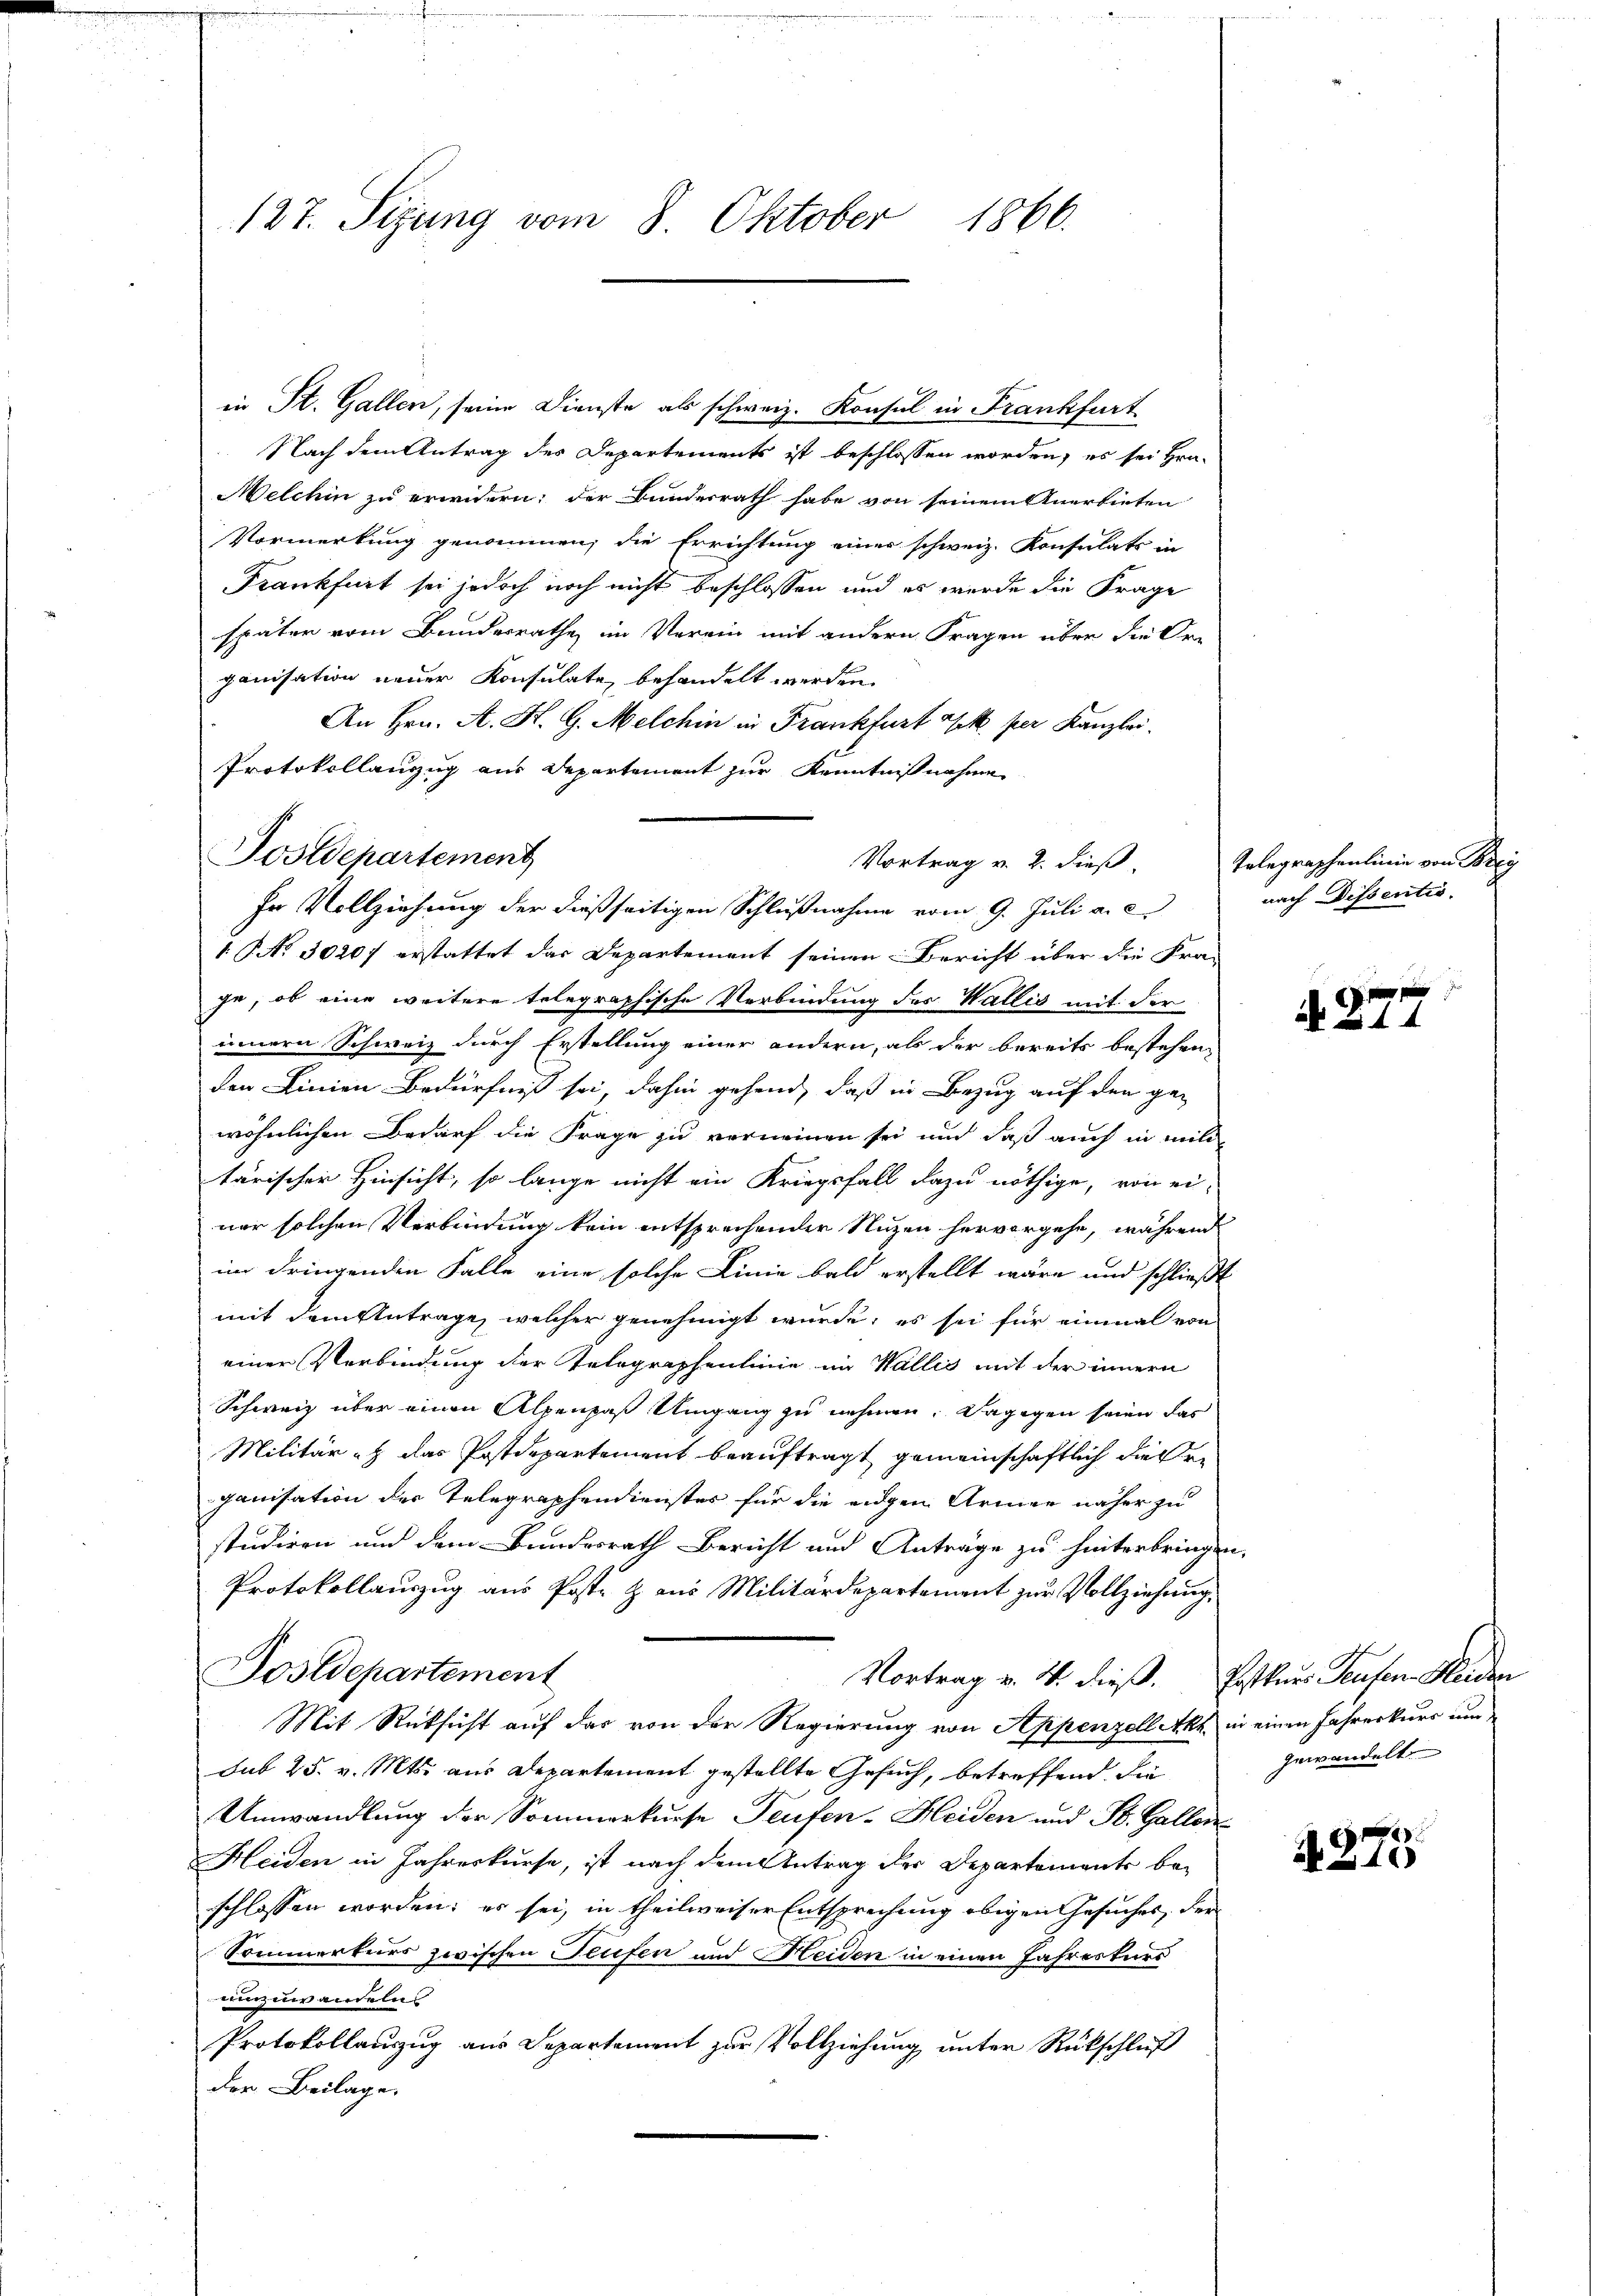
127. Sizung vom 8. Oktober 1866.

in St. Gallen, seine Dienste als schweiz. Konsul in Frankfurt
Nach dem Antrag des Departements ist beschlossen worden, es sei Hrn.
Melchin zu erwidern; der Bundesrath habe von seinem Anerbieten
Vormerkung genommen, die Errichtung einer schweiz. Konsulats in
Frankfurt sei jedoch noch nicht beschlossen und es wurde die Frage
später vom Bundesrathe im Verein mit andern Fragen über die Creganisation neuer Konsulate, behandelt werden.
An Hrn. A. K. G. Melchin in Frankfurt Ich per Kanzlei.
Protokollanzug aus Departement zur Kenntnißnahme
1 No 30207 erstattet das Departement seinen Bericht über die Fra-
ge, ob eine weitere telegraphische Verbindung des Wallis mit der
innern Schweiz durch Erstellung einer andern, als der bereits bestehen,
den Linien-Bedürfniß sei, dahin gehend, daß in Bezug auf den ge-
wöhnlichen Bedarf die Frage zu verneinen sei und daß auch in militärischer Hinsicht, so lange nicht ein Kriegsfall dazu nöthige, von ei-
ner solchen Verbindung kein entsprechender Nuzen hervorgehe, während
im dringenden Falle eine solche Linie bald erstellt wäre und schließt
mit dem Antrage, welcher genehmigt wurde, es sei für einmal von
einer Verbindung der Telegraphenlinie im Wallis mit der innern
Schweiz über einen Alpenpaß Umgang zu nehmen. Dagegen seien das
Militär - das Postdepartement beauftragt gemeinschaftlich diesen
ganisation der Telegraphendienster für die eigen Armen näher zu
studiren und dem Bundesrath Bericht und Anträge zu hinterbringen,
Protokollauszug aus Poste & aus Militärdepartement zur Vollziehung
Postdepartement
Vortrag v. 4. dieß. Erstkurs Teufen Heiden
Mit Rücksicht auf das von der Regierung von Appenzell Akt in einen Jahrerkurs um
Sub 25. v. Mts. aus Departement gestellte Gesuch, betreffend die
Umwandlung der Sommerkurse Teufen-Heiden und St. Gallen
Heiden in Jahreskurse, ist nach dem Antrag der Departements be-
schlossen worden; es sei, in theilweiser Entsprechung obigen Gesuches, der
Sommerkurs zwischen Teufen und Heiden in einen Jahreskurs
umzuwandeln
Protokollauszug aus Departement zur Vollziehung unter Rückschluß
der Beilage.

Postdepartement

Vortrag v. 2. dieß,
In Vollziehung der dießseitigen Schlußnahme vom 9. Juli a. c.

Telegraphenlinie von Bey
nach Dissentio

x
 44

gewandelt.

4275